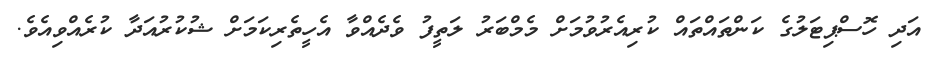
އަދި ހޮސްޕިޓަލުގެ ކަންތައްތައް ކުރިއެރުވުމަށް މެމްބަރު ލަތީފު ވެދެއްވާ އެހީތެރިކަމަށް ޝުކުރުއަދާ ކުރެއްވިއެވެ.